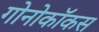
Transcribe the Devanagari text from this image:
गोनोकॉकस